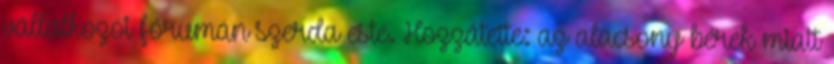
vállalkozói fórumán szerda este. Hozzátette: az alacsony bérek miatt